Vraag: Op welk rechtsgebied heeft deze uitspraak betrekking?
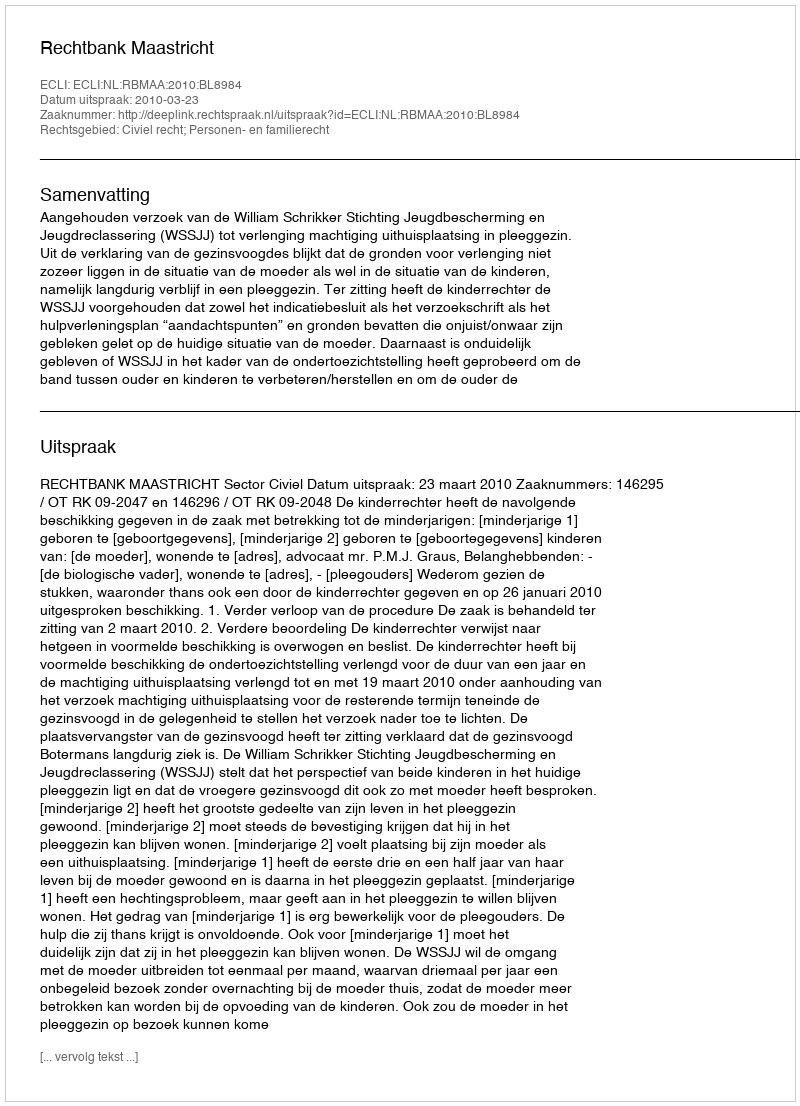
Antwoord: Civiel recht; Personen- en familierecht